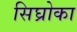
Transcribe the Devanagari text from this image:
सिघ्रोका